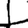
Digit: 1